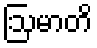
ဩမာတိ